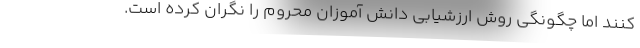
کنند اما چگونگی روش ارزشیابی دانش آموزان محروم را نگران کرده است.